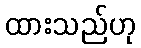
ထားသည်ဟု